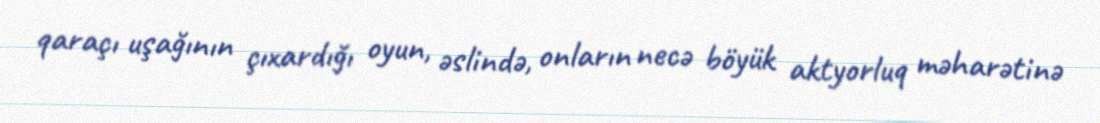
qaraçı uşağının çıxardığı oyun, əslində, onların necə böyük aktyorluq məharətinə